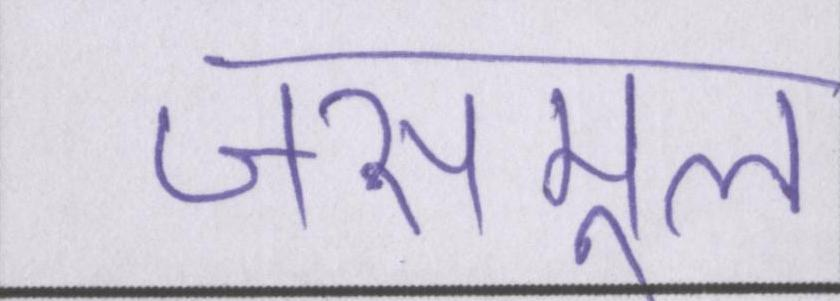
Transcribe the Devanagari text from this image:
जसमूल